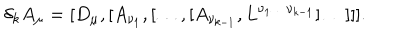
\delta _ { k } A _ { \mu } = [ D _ { \mu } , [ A _ { \nu _ { 1 } } , [ \ldots , [ A _ { \nu _ { k - 1 } } , L ^ { \nu _ { 1 } \ldots \nu _ { k - 1 } } ] \ldots ] ] ] .